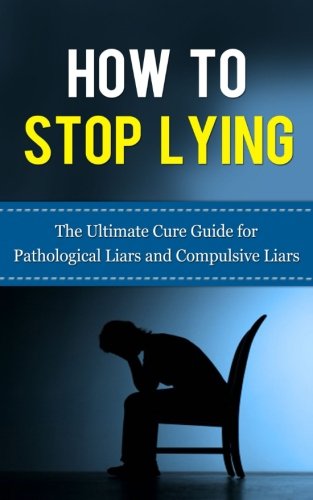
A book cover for How to Stop Lying: The Ultimate Cure Guide for Pathological Liars and Compulsive Liars (Pathological Lying Disorder, Compulsive Lying Disorder, ASPD, ... Disorder, Psychopathy, Sociopathy); Caesar Lincoln; Health, Fitness & Dieting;